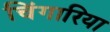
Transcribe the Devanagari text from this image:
चिंगारिया